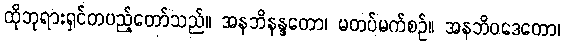
ထိုဘုရားရှင်တပည့်တော်သည်။ အနဘိနန္ဒတော၊ မတပ်မက်စဉ်။ အနဘိဝဒေတော၊